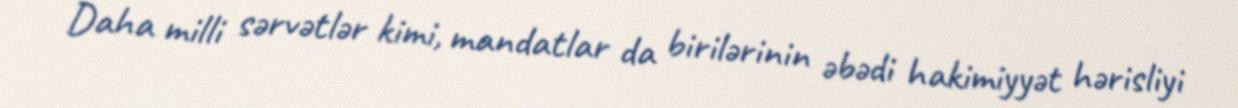
Daha milli sərvətlər kimi, mandatlar da birilərinin əbədi hakimiyyət hərisliyi